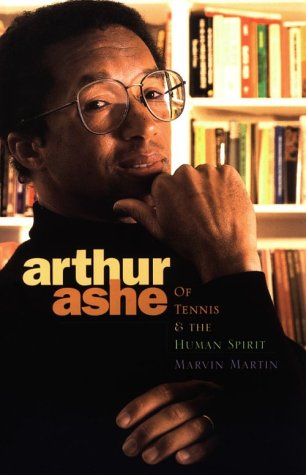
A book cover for Arthur Ashe (Impact Biographies); Marvin Martin; Teen & Young Adult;